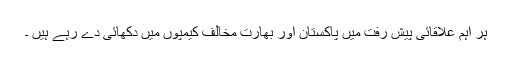
ہر اہم علاقائی پیش رفت میں پاکستان اور بھارت مخالف کیمپوں میں دکھائی دے رہے ہیں ۔